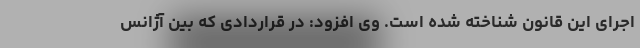
اجرای این قانون شناخته شده است. وی افزود: در قراردادی که بین آژانس